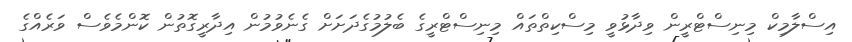
އިސްލާމިކް މިނިސްޓްރީން ވިދާޅުވީ މިސްކިތްތައް މިނިސްޓްރީގެ ބެލުމުގެދަށަށް ގެނެވުމުން އިދާރީގޮތުން ކޮންމެވެސް ވަރެއްގެ